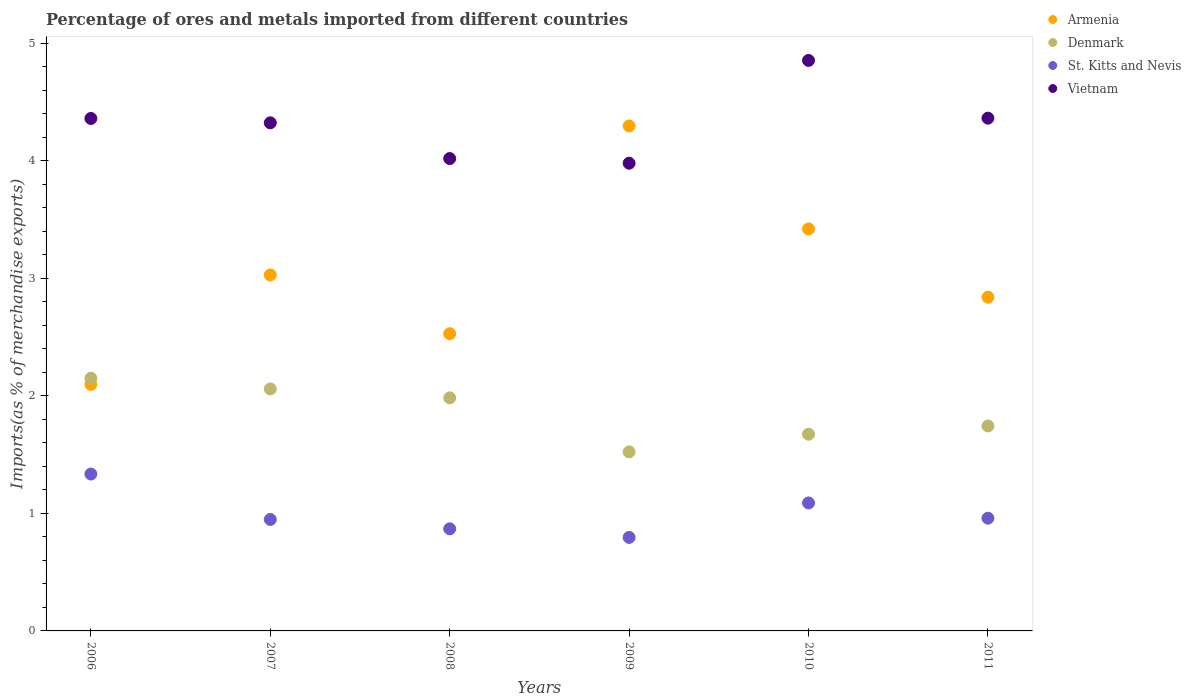
| Years | Armenia | Denmark | St. Kitts and Nevis | Vietnam |
 | --- | --- | --- | --- | --- |
 | 2006 | 2.1 | 2.15 | 1.33 | 4.36 |
 | 2007 | 3.03 | 2.06 | 0.948 | 4.32 |
 | 2008 | 2.53 | 1.98 | 0.869 | 4.02 |
 | 2009 | 4.3 | 1.52 | 0.796 | 3.98 |
 | 2010 | 3.42 | 1.67 | 1.09 | 4.85 |
 | 2011 | 2.84 | 1.74 | 0.959 | 4.36 |